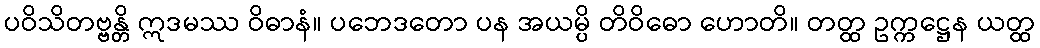
ပဝိသိတဗ္ဗန္တိ ဣဒမဿ ဝိဓာနံ။ ပဘေဒတော ပန အယမ္ပိ တိဝိဓော ဟောတိ။ တတ္ထ ဥက္ကဋ္ဌေန ယတ္ထ